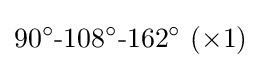
90^{\circ }{\text{-}}108^{\circ }{\text{-}}162^{\circ }~(\times 1)